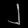
Digit: ၂